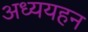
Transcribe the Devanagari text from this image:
अध्ययहन